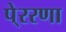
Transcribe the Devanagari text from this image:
पे्ररणा